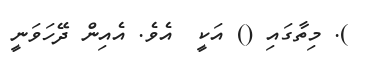
). މިތާގައި () އަކީ  އެވެ. އެއިން ދޭހަވަނީ